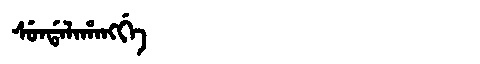
Manchu: ᠰᡠᠨᡩᠠᠯᠠᡥᠠᠩᡤᡝ
Romanization: SUNDALAHANGGE